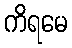
ကိရမေ